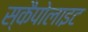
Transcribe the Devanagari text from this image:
स्कैपोलाइट